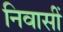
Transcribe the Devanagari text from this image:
निवासीं